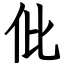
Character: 仳